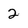
Character: 2